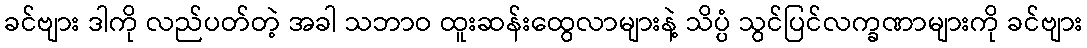
ခင်ဗျား ဒါကို လည်ပတ်တဲ့ အခါ သဘာဝ ထူးဆန်းထွေလာများနဲ့ သိပ္ပံ သွင်ပြင်လက္ခဏာများကို ခင်ဗျား